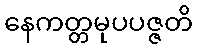
နေကတ္တမုပပဇ္ဇတိ